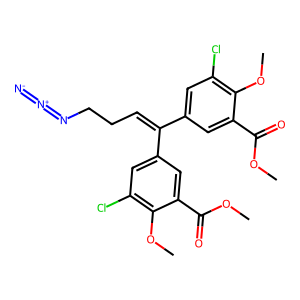
SMILES: COC(=O)c1cc(C(=CCCN=[N+]=[N-])c2cc(Cl)c(OC)c(C(=O)OC)c2)cc(Cl)c1OC
Inhibits HIV replication: Yes